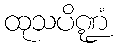
ထုသပိဏ္ဍံ